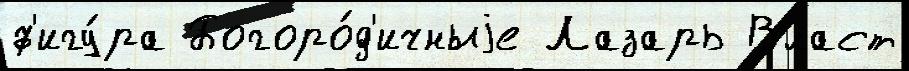
ф'игу́ра Богоро́д'ичныjе Лазарь Власт